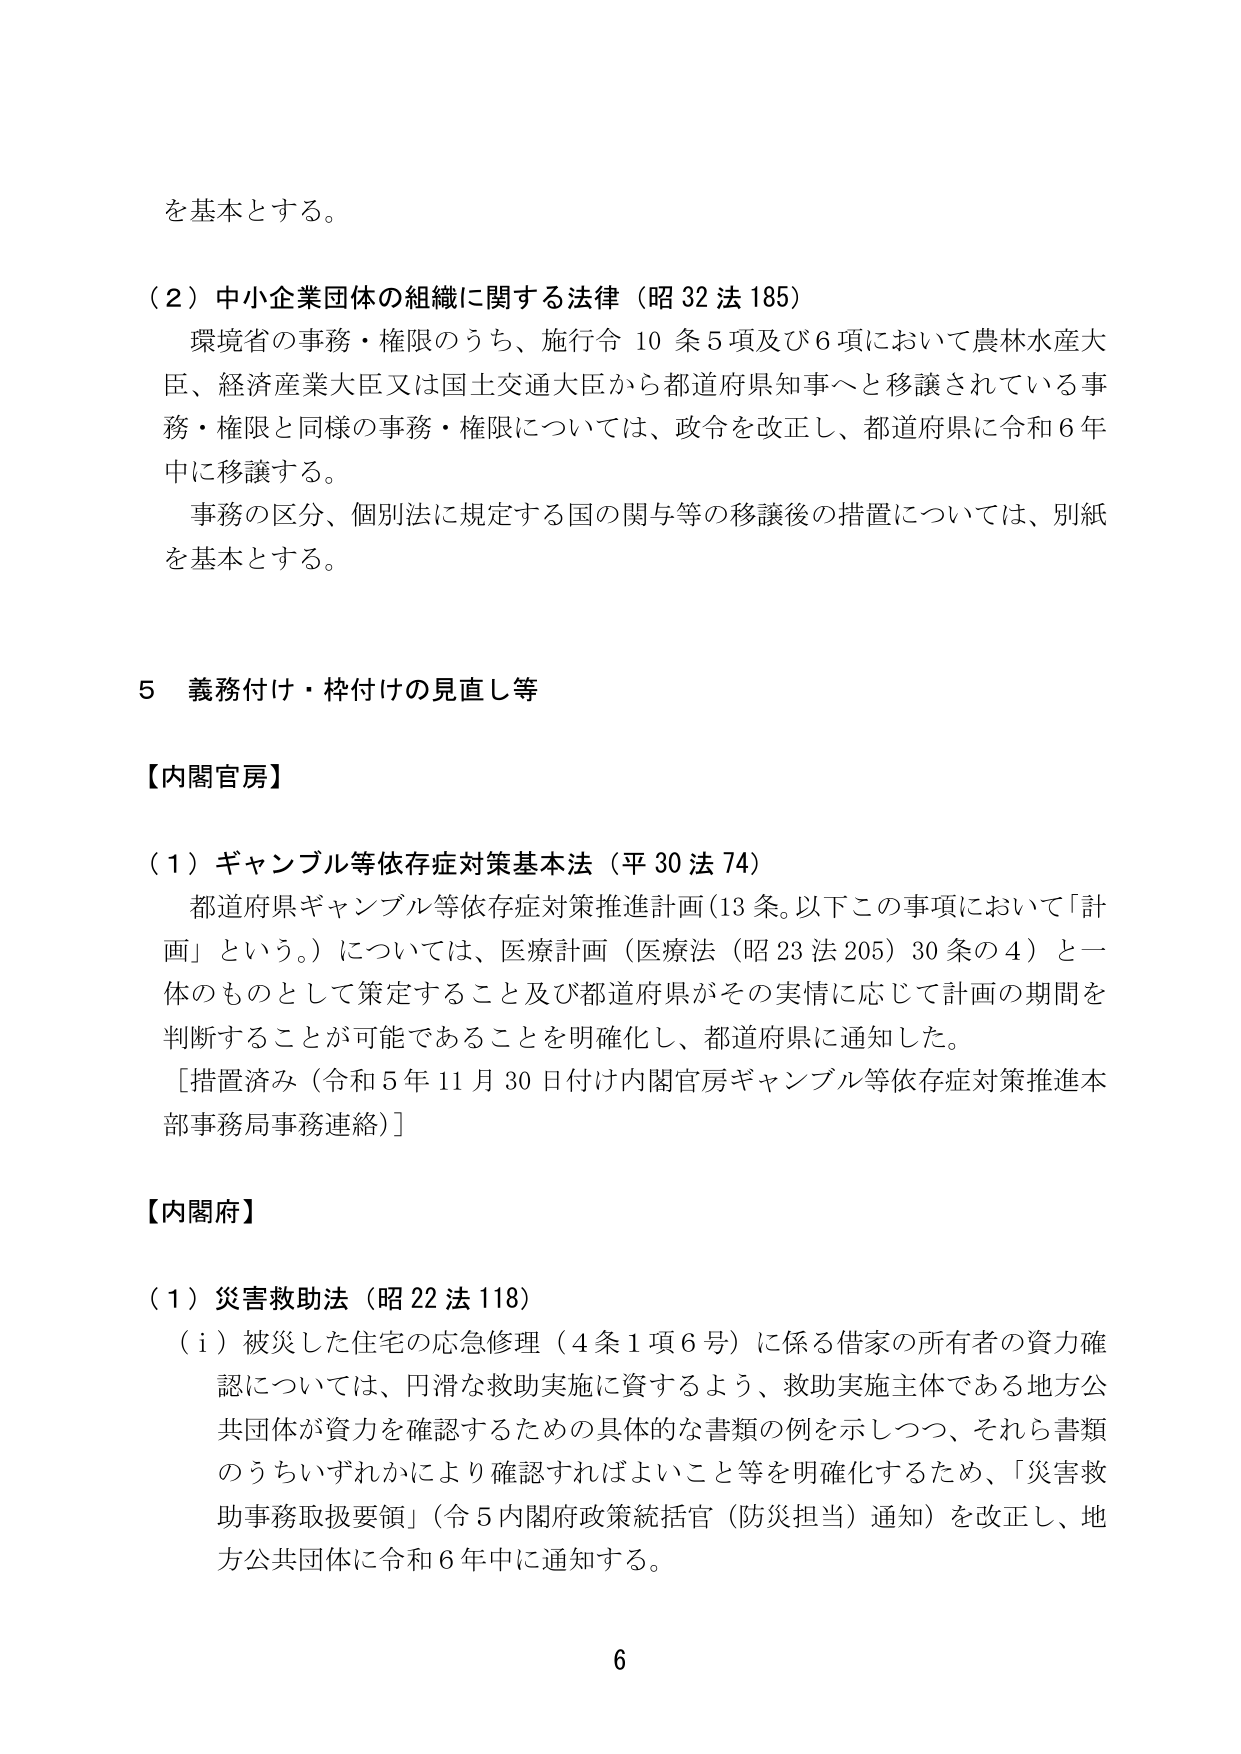
を基本とする。

（２）中小企業団体の組織に関する法律（昭32法185）
環境省の事務・権限のうち、施行令10条5項及び6項において農林水産大臣、経済産業大臣又は国土交通大臣から都道府県知事へと移譲されている事務・権限と同様の事務・権限については、政令を改正し、都道府県に令和6年中に移譲する。
事務の区分、個別法に規定する国の関与等の移譲後の措置については、別紙を基本とする。

５ 義務付け・枠付けの見直し等

【内閣官房】

（１）ギャンブル等依存症対策基本法（平30法74）
都道府県ギャンブル等依存症対策推進計画（13条。以下この事項において「計画」という。）については、医療計画（医療法（昭23法205）30条の4）と一体のものとして策定すること及び都道府県がその実情に応じて計画の期間を判断することが可能であることを明確化し、都道府県に通知した。
［措置済み（令和5年11月30日付け内閣官房ギャンブル等依存症対策推進本部事務局事務連絡）］

【内閣府】

（１）災害救助法（昭22法118）
（ｉ）被災した住宅の応急修理（4条1項6号）に係る借家の所有者の資力確認については、円滑な救助実施に資するよう、救助実施主体である地方公共団体が資力を確認するための具体的な書類の例を示しつつ、それら書類のうちいずれかにより確認すればよいこと等を明確化するため、「災害救助事務取扱要領」（令5内閣府政策統括官（防災担当）通知）を改正し、地方公共団体に令和6年中に通知する。

6